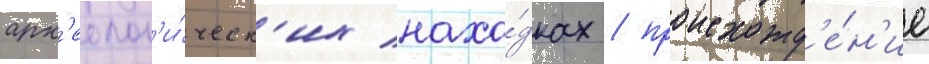
арх'еолог'и́ческ'их нахо́дках / происхожд'е́н'ие